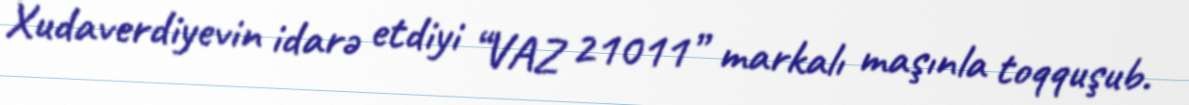
Xudaverdiyevin idarə etdiyi “VAZ 21011” markalı maşınla toqquşub.